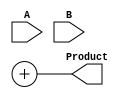
module WallaceTreeMultiplier #(parameter N = 4) (
    input [N-1:0] A,
    input [N-1:0] B,
    output reg [2*N-1:0] Product
);

// Internal signals for partial products
wire [N-1:0] pp [0:N-1]; // Partial products
wire [2*N-1:0] sum [0:N-1]; // Sums of partial products
wire [2*N-1:0] carry [0:N-1]; // Carries from adders

// Generate Partial Products
genvar i, j;
generate
    for (i = 0; i < N; i = i + 1) begin : pp_gen
        assign pp[i] = A & {N{B[i]}};
    end
endgenerate

// Wallace Tree Reduction
generate
    for (i = 0; i < N-1; i = i + 1) begin : reduction
        if (i == 0) begin
            // First stage of reduction
            assign sum[i][0] = pp[0][0] ^ pp[1][0];
            assign carry[i][0] = pp[0][0] & pp[1][0];
            assign sum[i][1] = pp[0][1] ^ pp[1][1];
            assign carry[i][1] = pp[0][1] & pp[1][1];
            // Continue for all bits
            // ...
        end else begin
            // Subsequent stages of reduction
            // Combine results from the previous stage
            // ...
        end
    end
endgenerate

// Final Addition
wire [2*N-1:0] final_sum;
wire final_carry;
assign {final_carry, final_sum} = sum[N-2] + sum[N-1];

// Output the final product
always @(*) begin
    Product = final_sum; // Assign the final sum to the product
end

endmodule